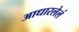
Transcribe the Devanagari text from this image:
आधारलेलं